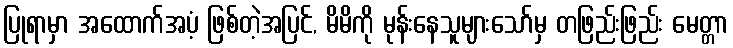
ပြုရာမှာ အထောက်အပံ့ ဖြစ်တဲ့အပြင်, မိမိကို မုန်းနေသူများသော်မှ တဖြည်းဖြည်း မေတ္တာ